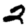
Digit: 2